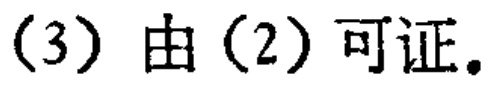
(3) 由 (2) 可证。